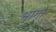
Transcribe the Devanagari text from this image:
भागाें